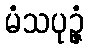
မံသပုဉ္ဇံ